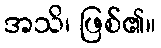
အသိ၊ ဖြစ်၏။